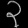
Digit: ၃